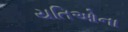
યતિઓના